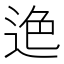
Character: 𨒶